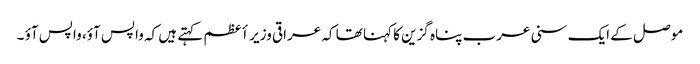
موصل کے ایک سنی عرب پناہ گزین کا کہنا تھا کہ عراقی وزیر أعظم کہتے ہیں کہ واپس آؤ، واپس آؤ ۔